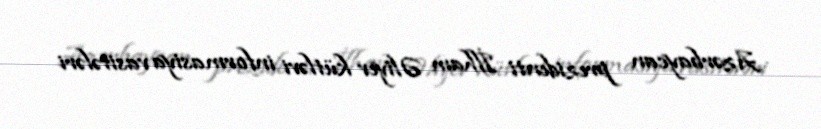
Azərbaycan prezidenti İlham Əliyev kütləvi informasiya vasitələri